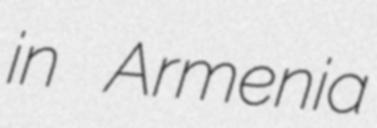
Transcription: in Armenia